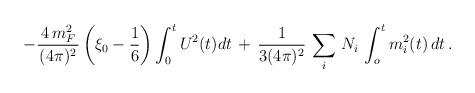
LaTeX: \begin{align*}-\frac{\,4\,m_{F}^{2}\,}{(4\pi )^{2}}\left( \xi _{0}-\frac{1}{6}\right)\int_{0}^{t}U^{2}(t)dt\,+\,\frac{1}{3(4\pi )^{2}}\,\sum_{i}\,N_{i}\,\int_{o}^{t}m_{i}^{2}(t)\,dt\,. \end{align*}